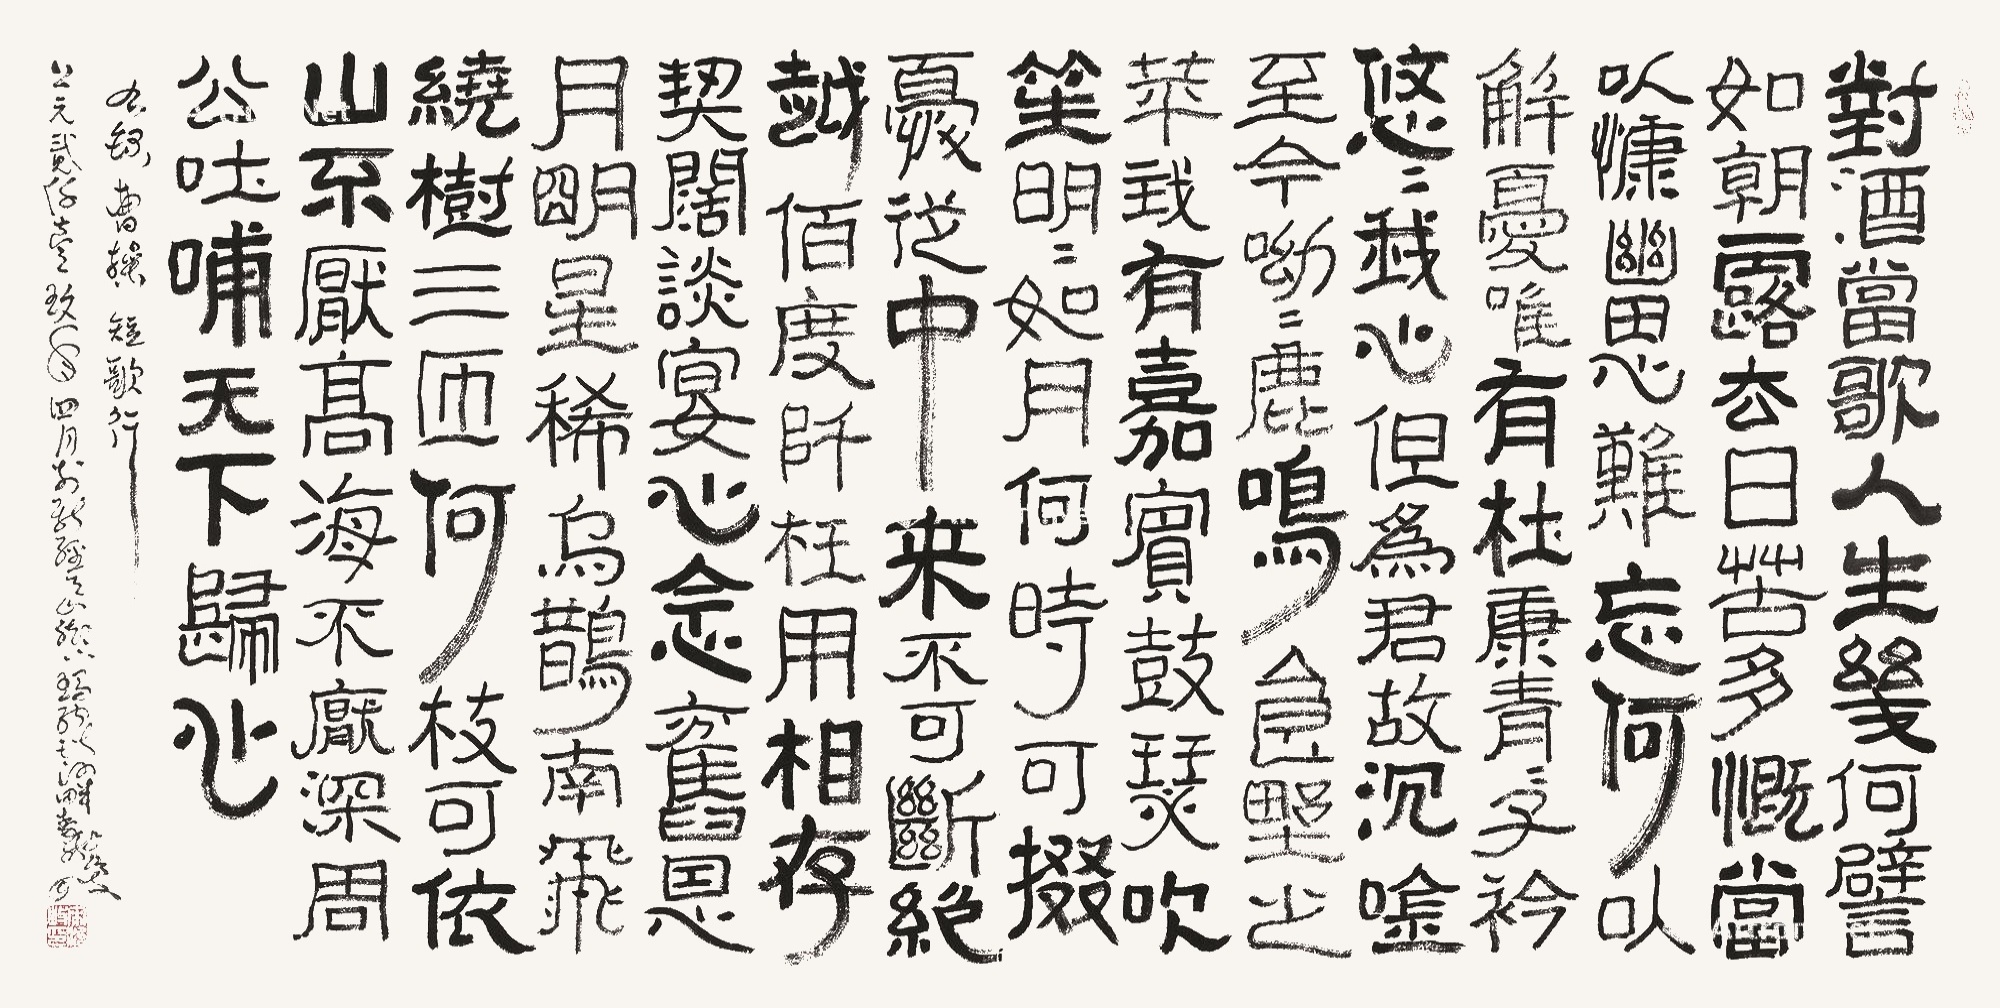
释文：对酒当歌，人生几何！譬如朝露，去日苦多。慨当以慷，忧思难忘。何以解忧？唯有杜康。青青子衿，悠悠我心。但为君故，沉吟至今。呦呦鹿鸣，食野之苹。我有嘉宾，鼓瑟吹笙。明明如月，何时可掇？忧从中来，不可断绝。越陌度阡，枉用相存。契阔谈䜩，心念旧恩。月明星稀，乌鹊南飞。绕树三匝，何枝可依？山不厌高，海不厌深。周公吐哺，天下归心。有录曹操短歌行公元贰仟壹玖年四月于新疆天山脚下玛纳斯河畔宋治岐